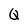
Character: Q